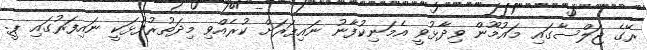
ރޭގެ ޖަލްސާގައި މައުމޫން ވިދާޅުވީ އެމަނިކުފާނު ނައިފަރަށް ކުރެއްވި މިދަތުރުފުޅަކީ ނައިފަރުގައި ޕީ.